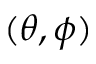
( \theta , \phi )